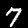
Label: 7